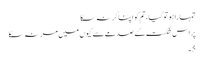
تمہارا ہو تو گیا، تم کو اپنا کر نہ سکا
پر اس شکست کے صدمے سے کیوں میں مر نہ سکا
5۔